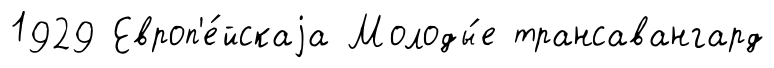
1929 Европ'е́йскаjа Молоды́е трансавангард